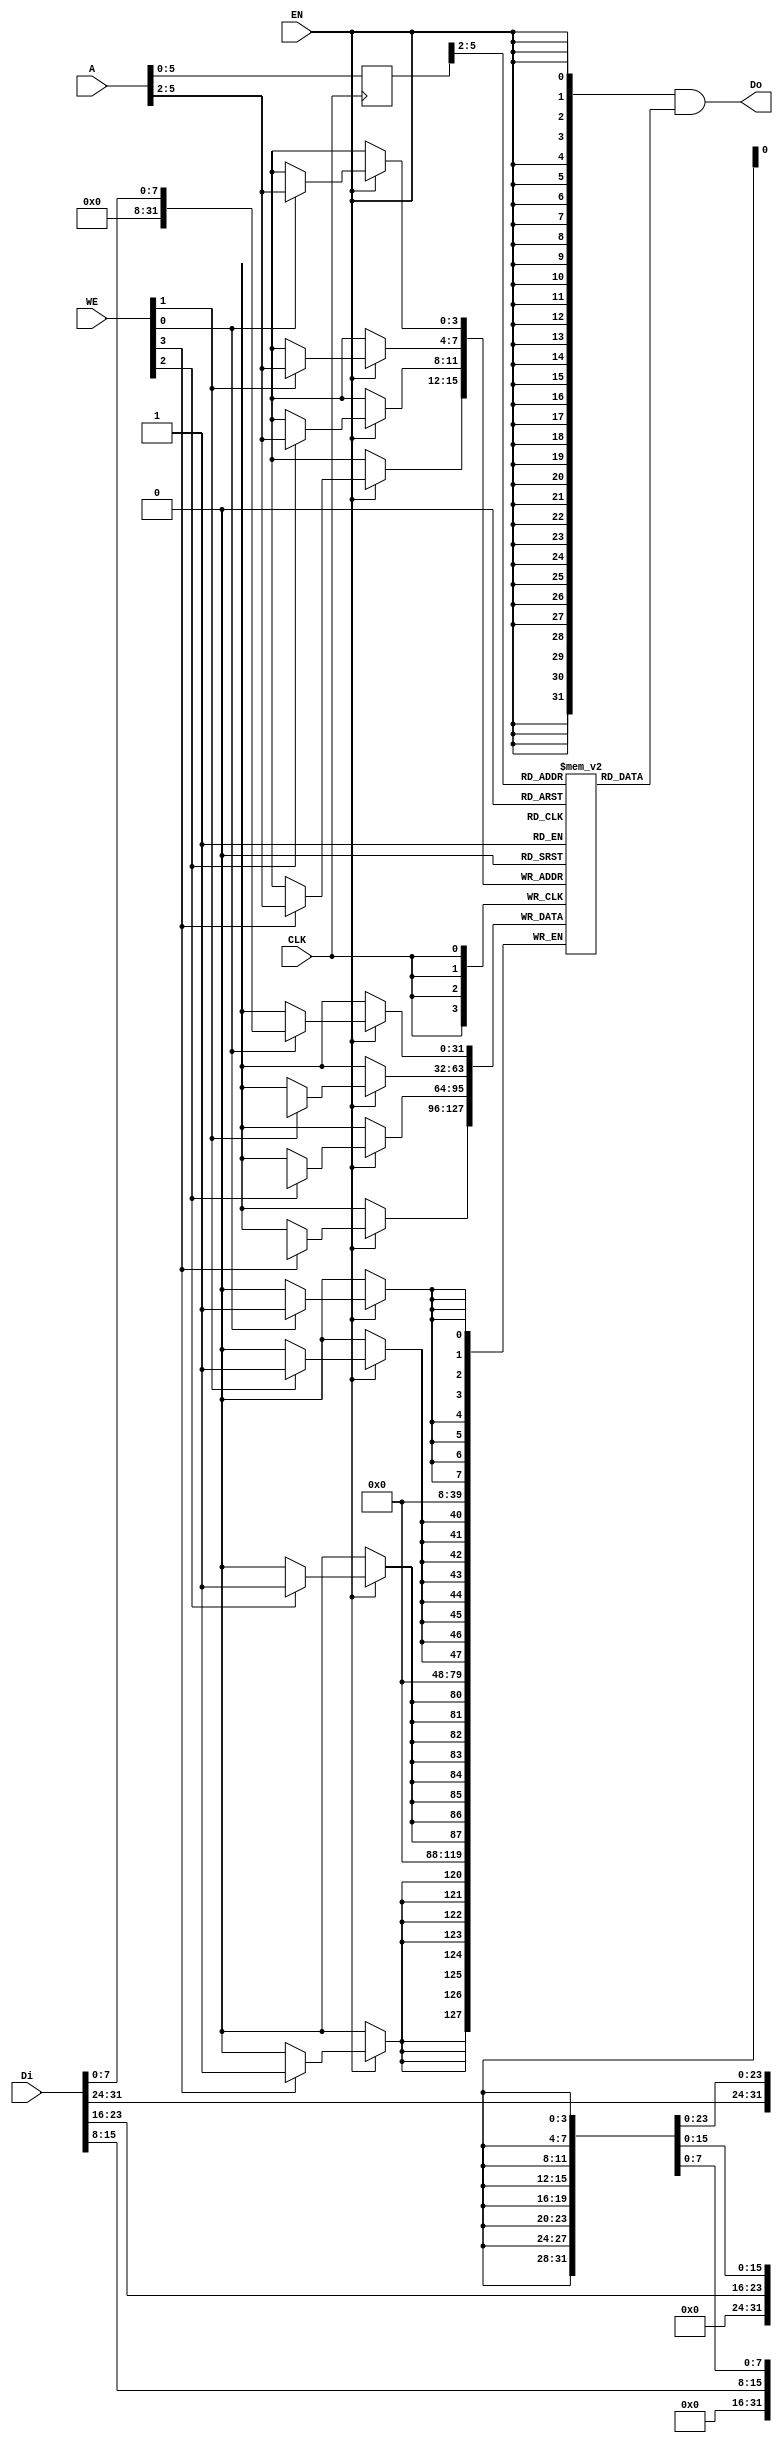
`timescale 1ns / 1ps
//////////////////////////////////////////////////////////////////////////////////
// Company: 
// Engineer: 
// 
// Design Name: 
// Module Name: bram11
// Project Name: 
// Target Devices: 
// Tool Versions: 
// Description: 
// 
// Dependencies: 
// 
// Revision:
// Revision 0.01 - File Created
// Additional Comments:
// 
//////////////////////////////////////////////////////////////////////////////////


module bram11 
(
    CLK,
    WE,
    EN,
    Di,
    Do,
    A
);
    input   wire            CLK;
    input   wire    [3:0]   WE;
    input   wire            EN;
    input   wire    [31:0]  Di;
    output  wire     [31:0]  Do;
    input   wire    [11:0]   A; 

    //  11 words
	reg [31:0] RAM[0:10];
    reg [11:0] r_A;

    always @(posedge CLK) begin
        r_A <= A;
    end

    assign Do = {32{EN}} & RAM[r_A>>2];    // read
    
    always @(posedge CLK) begin
        if(EN) begin
	        if(WE[0]) RAM[A>>2][7:0] <= Di[7:0];
            if(WE[1]) RAM[A>>2][15:8] <= Di[15:8];
            if(WE[2]) RAM[A>>2][23:16] <= Di[23:16];
            if(WE[3]) RAM[A>>2][31:24] <= Di[31:24];
        end
    end

endmodule